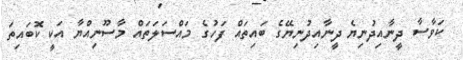
ކަވާސާ ދީނާއިދުނިޔެ ދީނާއިދުނިޔޭގެ ބައިތައް ފަހުގެ މައްސަލަތައް މާސޫނިއްޔާ އަކީ ކޮބައިތަ